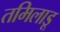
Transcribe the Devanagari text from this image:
तमिलाडू